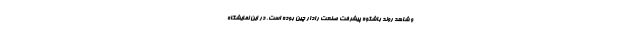
و شاهد روند باشکوه پیشرفت صنعت رادار چین بوده است. در این نمایشگاه